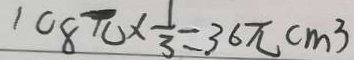
1 0 8 \pi \times \frac { 1 } { 3 } = 3 6 \pi c m ^ { 3 }